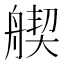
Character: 𦩣